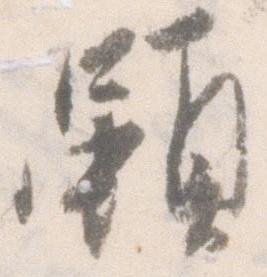
雖